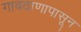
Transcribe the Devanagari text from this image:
गावठाणापासून